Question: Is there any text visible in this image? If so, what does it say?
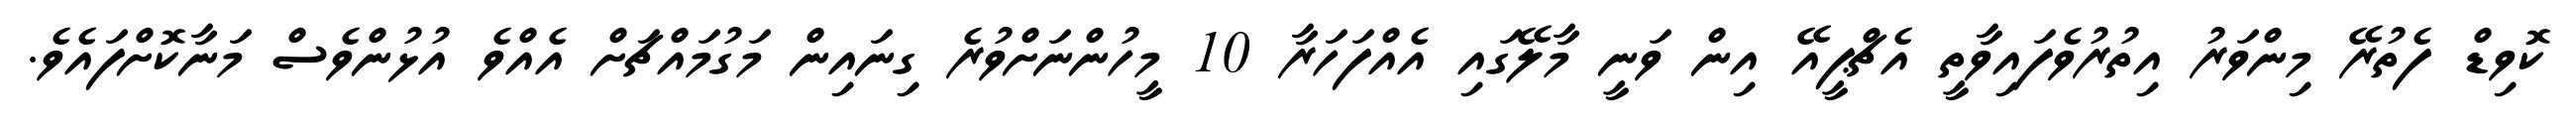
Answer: ކޮވިޑް ފެތުރޭ މިންވަރު އިތުރުވެފައިވާތީ އެޗްޕީއޭ އިން ވަނީ މާލޭގައި އެއްފަހަރާ 10 މީހުންނަށްވުރެ ގިނައިން މަގުމައްޗަށް އެއްވެ އުޅުންވެސް މަނާކޮށްފައެވެ.